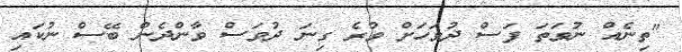
"ތިނެއް ނުވަތަ ފަސް ދުވަހަށް ވުރެ ގިނަ ދުވަސް ވާންދެން ބޭސް ނުކައި